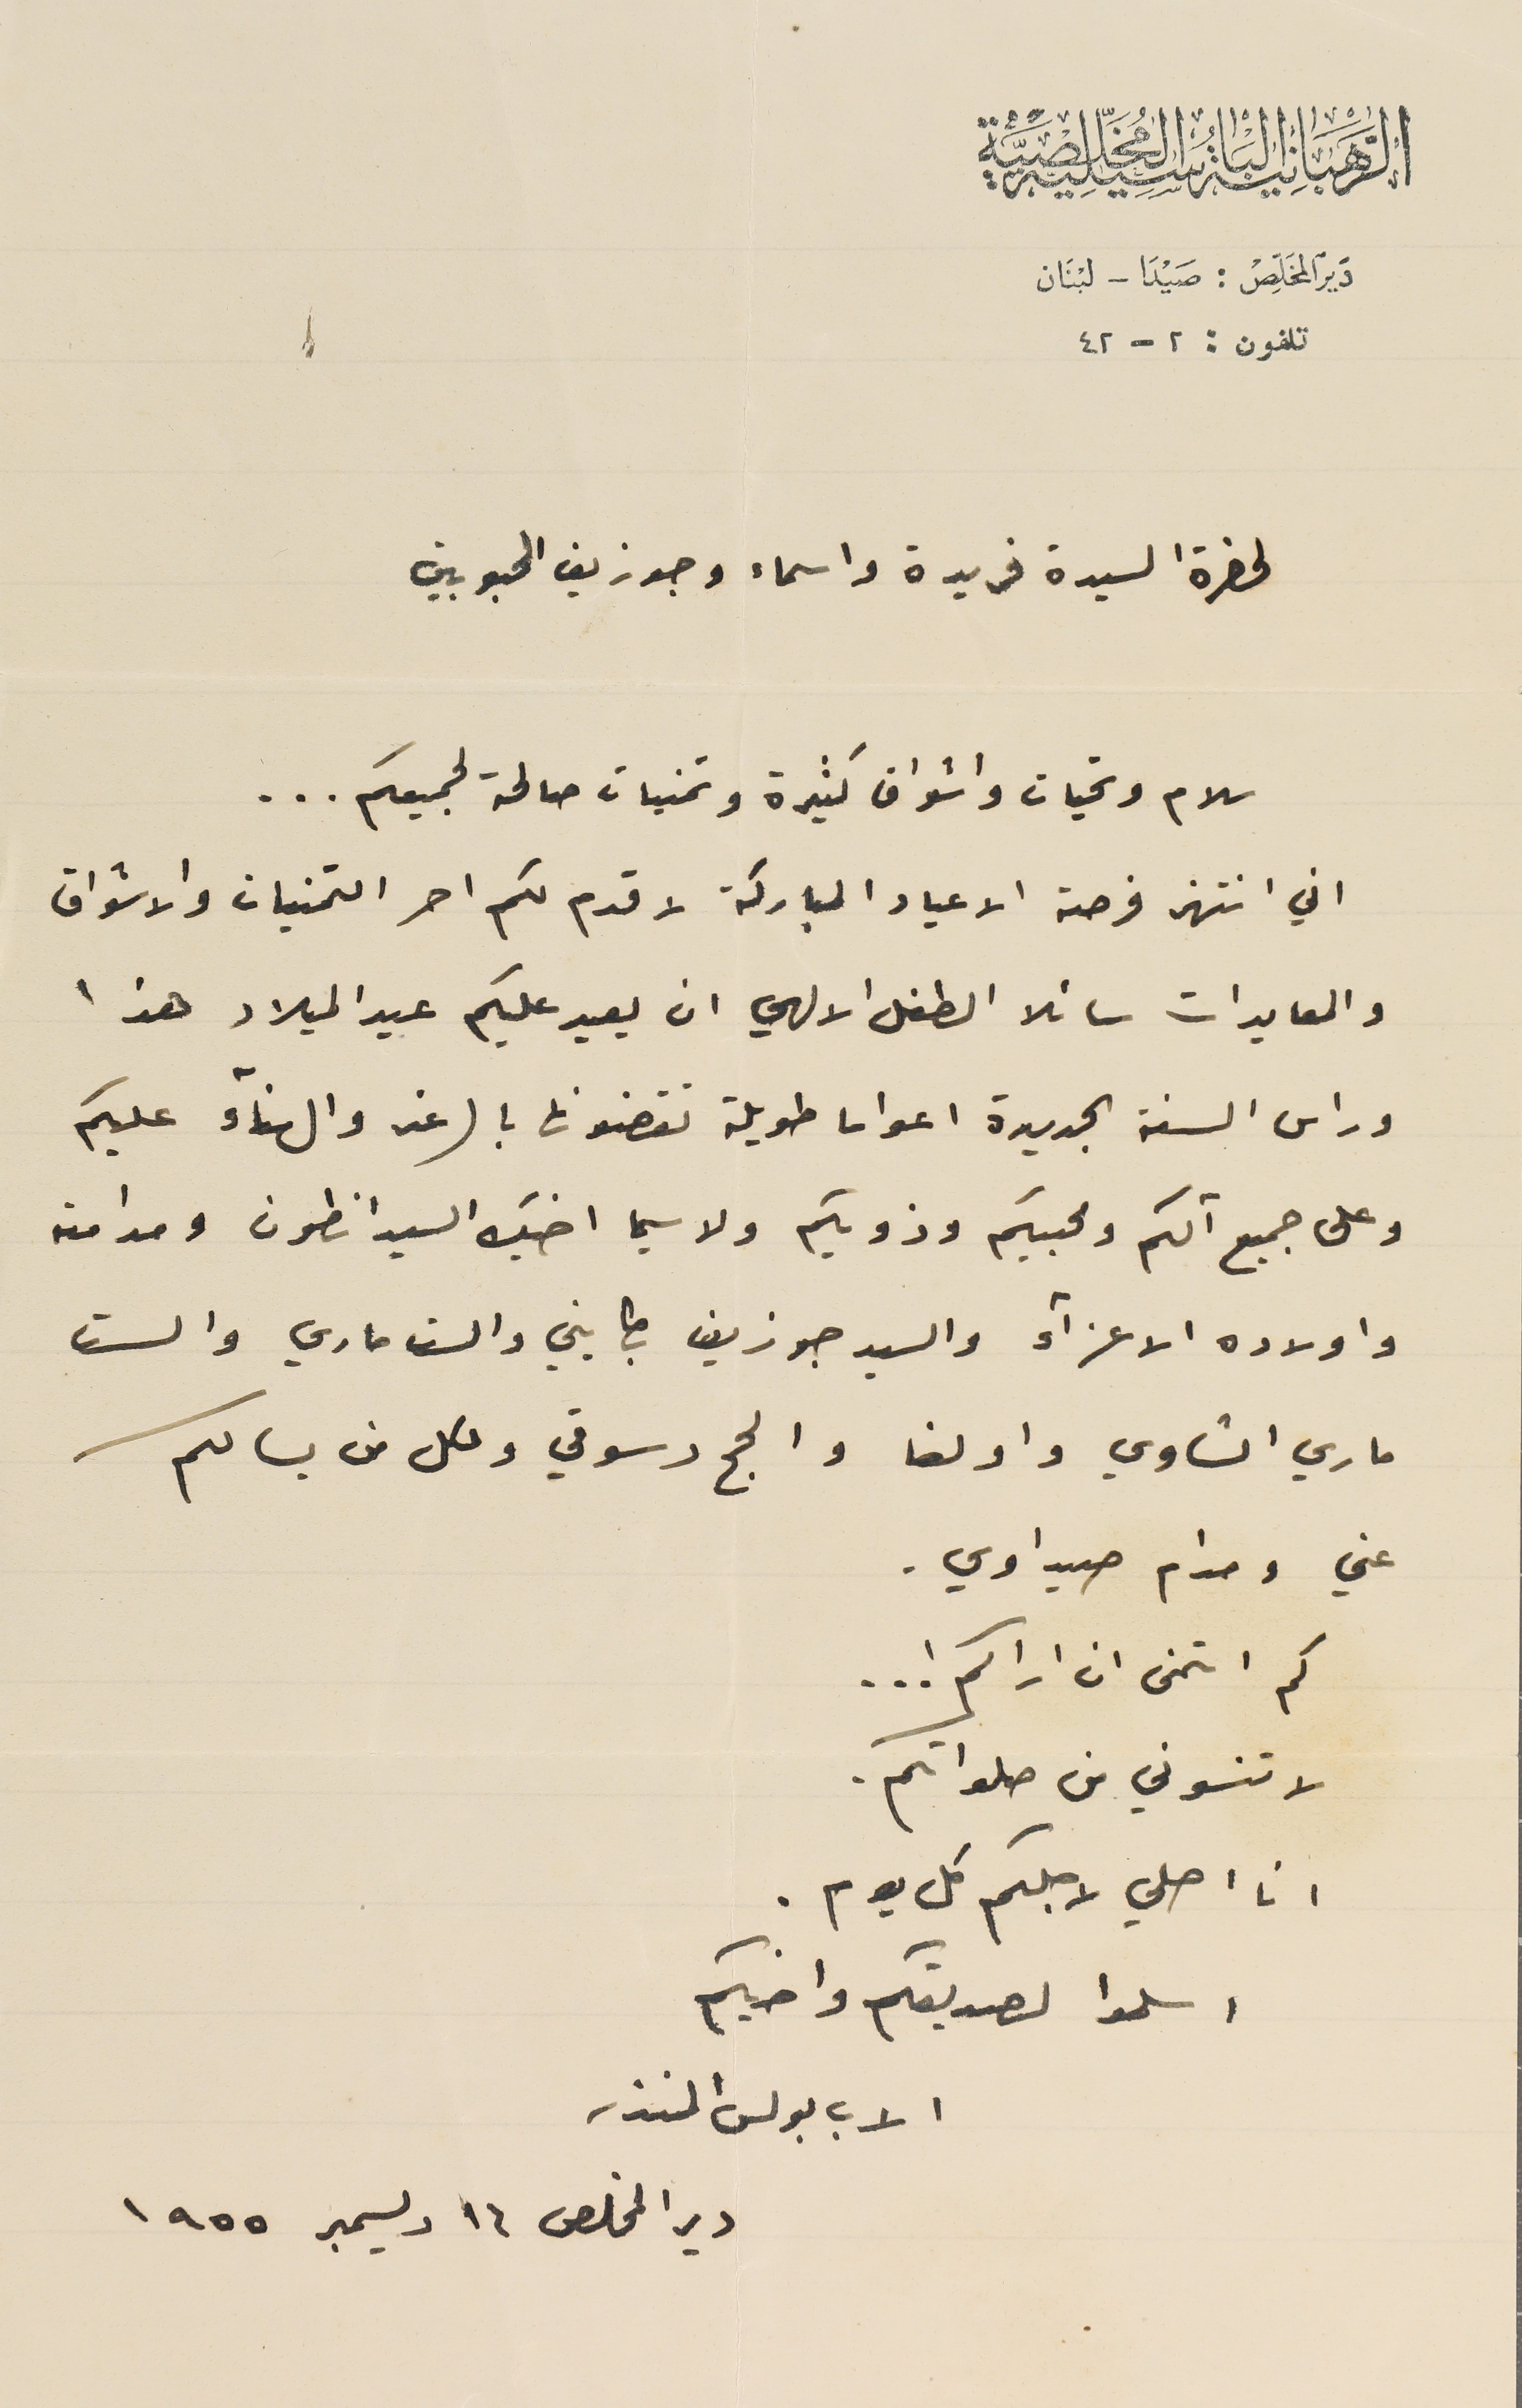
الرهبانية الباسيلية المخلصية
دير المخلص : صيدا - لبنان
تلفون : ٢-٤٢
لحضرة السيدة فريدة واسماء وجوزيف المحبوبين
سلام وتحيات واشواق كثيرة وتمنيات صالحة لجميعكم ...
اني انتهز فرصة الاعياد المباركة لاقدم لكم احر التمنيات والاشواق
والمعايدات سائلا الطفل الالهي ان يعيد عليكم عيد الميلاد هذا
وراس السنة الجديدة اعواما طويلة تقضونها بالرغد والهناء عليكم
وعلى جميع آلكم ومحبيكم وذويكم ولا سيما اخيك السيد انطون ومدامته
واولاده الاعزاء والسيد جوزيف بطايني والست ماري والست
ماري الشاوي واولغا والحج دسوقي وكل من يسالكم
عني ومدام صيداوي.
كم اتمنى ان اراكم !..
 لا تنسوني من صلواتكم.
انا اصلي لاجلكم كل يوم.
اسلموا لصديقكم واخيكم
الاب بولس المنذر
دير المخلص ١٦ ديسمبر ١٩٥٥